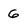
Character: 6